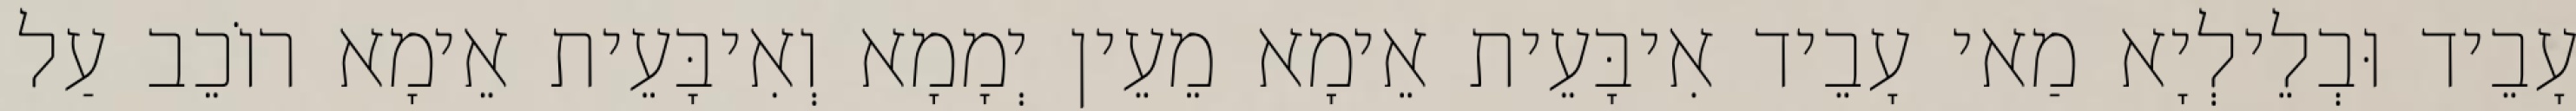
עָבֵיד וּבְלֵילְיָא מַאי עָבֵיד אִיבָּעֵית אֵימָא מֵעֵין יְמָמָא וְאִיבָּעֵית אֵימָא רוֹכֵב עַל